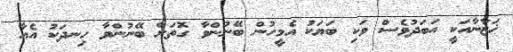
ޚަޒާނާއަކީ އަބަދުވެސް ވަކި ބަޔަކު އެމީހުން ބޭނުންވާ ގޮތަށް ބޭނުންވާ ހިނދަކު އެއާ